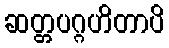
ဆတ္တပဂ္ဂဟိတာပိ